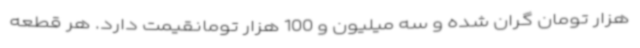
هزار تومان گران شده و سه میلیون و 100 هزار تومانقیمت دارد. هر قطعه